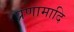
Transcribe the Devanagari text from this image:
प्रणामादि